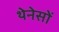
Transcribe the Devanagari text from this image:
थेनेसों